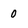
Character: 0